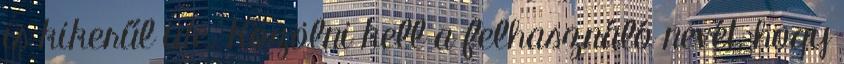
is kikerűl ide. Közölni kell a felhasználó nevét, hogy